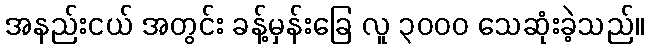
အနည်းငယ် အတွင်း ခန့်မှန်းခြေ လူ ၃၀၀၀ သေဆုံးခဲ့သည်။